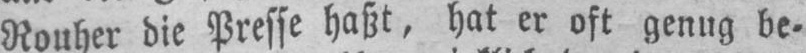
Rouher die Presse haßt, hat er oft genug be⸗